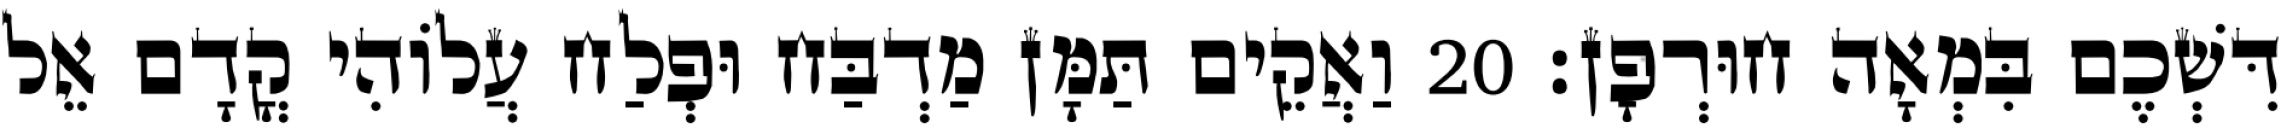
דִּשְׁכֶם בִּמְאָה חוּרְפָן׃ 20 וַאֲקֵים תַּמָּן מַדְבַּח וּפְלַח עֲלוֹהִי קֳדָם אֵל